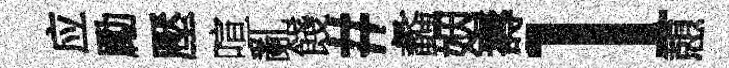
应勵壓喧亂餞#蠡姻壽l憩